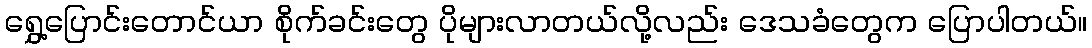
ရွှေ့ပြောင်းတောင်ယာ စိုက်ခင်းတွေ ပိုများလာတယ်လို့လည်း ဒေသခံတွေက ပြောပါတယ်။